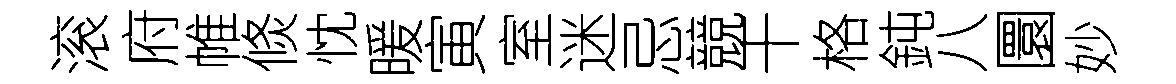
滚府帷倐忱暖寅室迷忌競干格鈍八圜妙